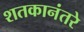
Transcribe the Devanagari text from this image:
शतकानंतरे